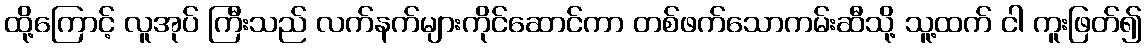
ထို့ကြောင့် လူအုပ် ကြီးသည် လက်နက်များကိုင်ဆောင်ကာ တစ်ဖက်သောကမ်းဆီသို့ သူ့ထက် ငါ ကူးဖြတ်၍